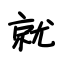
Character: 就